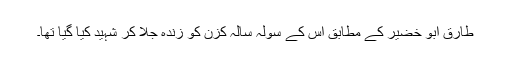
طارق ابو خضیر کے مطابق اس کے سولہ سالہ کزن کو زندہ جلا کر شہید کیا گیا تھا۔